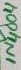
Text: 1N4004